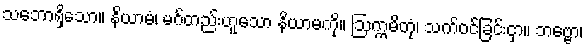
သဘောရှိသော။ နိယာမံ၊ မဂ်တည်းဟူသော နိယာမကို။ ဩက္ကမိတုံ၊ သက်ဝင်ခြင်းငှာ။ ဘဗ္ဗော၊